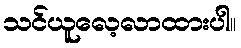
သင်ယူလေ့လာထားပါ။